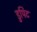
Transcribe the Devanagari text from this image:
डुपिट